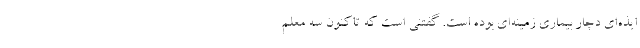
ایذه‌ای دچار بیماری زمینه‌ای بوده است. گفتنی است که تاکنون سه معلم